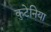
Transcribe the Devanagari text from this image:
कुटेनिया